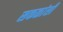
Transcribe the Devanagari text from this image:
सकळांसी